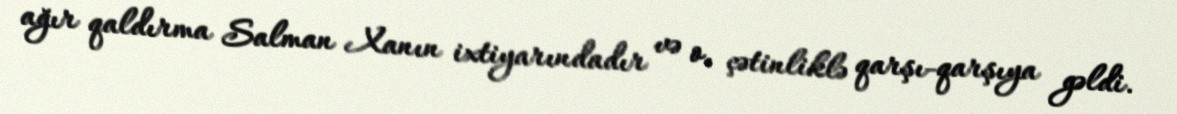
ağır qaldırma Salman Xanın ixtiyarındadır və o, çətinliklə qarşı-qarşıya gəldi.